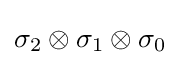
\sigma _{2}\otimes \sigma _{1}\otimes \sigma _{0}